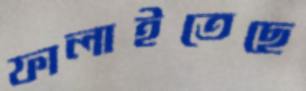
ফালাইতেছে